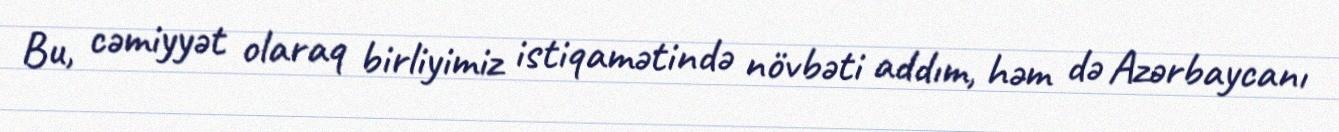
Bu, cəmiyyət olaraq birliyimiz istiqamətində növbəti addım, həm də Azərbaycanı